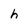
Character: h